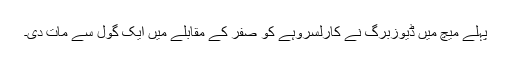
پہلے میچ میں ڈیوزبرگ نے کارلسروہے کو صفر کے مقابلے میں ایک گول سے مات دی۔